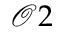
\mathcal { O } 2